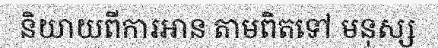
និយាយពីការអាន តាមពិតទៅ មនុស្ស